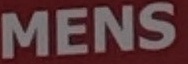
MENS